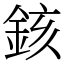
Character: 䤤